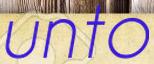
unto